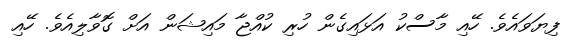
ފިޔަވައެވެ. ހޭއި މާސްކު އަޅައިގެން ހުރި ކުއްޖާ މައިޝަން އަށް ގޮވާލިއެވެ. ހޭއި